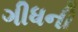
ગીધની